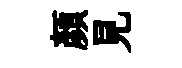
顏見